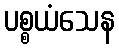
ပစ္စယံသေန